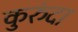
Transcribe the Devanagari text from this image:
कुरुंदा